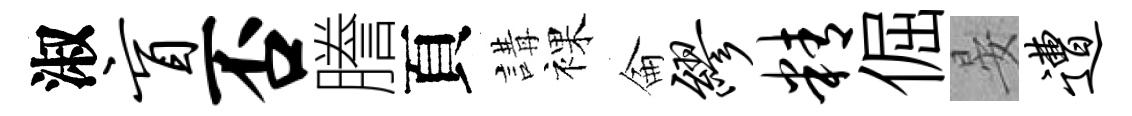
淑盲否謄頁講裸侖缪精倔晏遭